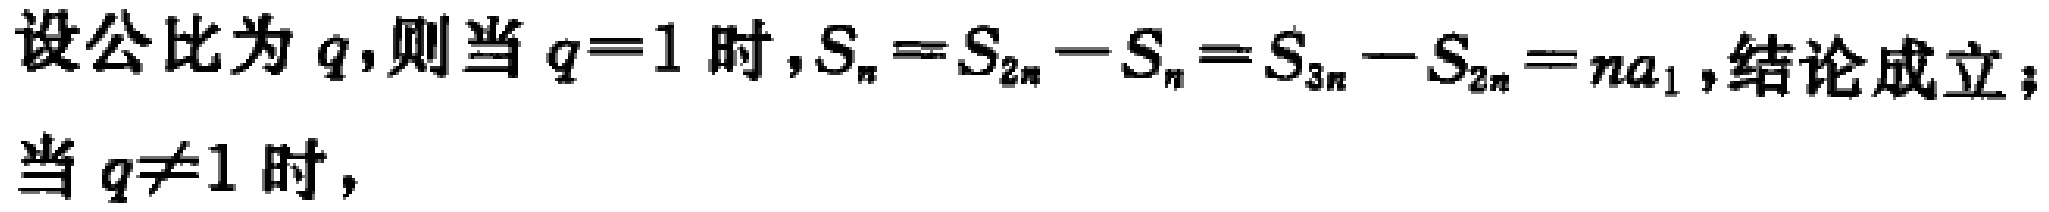
设公比为\(q\)，则当\(q = 1\)时，\(S_{n}=S_{2n}-S_{n}=S_{3n}-S_{2n}=na_{1}\)，结论成立；
当\(q\neq1\)时，